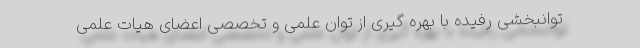
توانبخشی رفیده با بهره گیری از توان علمی و تخصصی اعضای هیات علمی